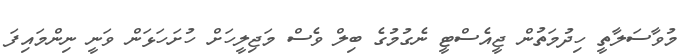
މުވާސަލާތީ ހިދުމަތުން ޖީއެސްޓީ ނެގުމުގެ ބިލް ވެސް މަޖިލީހަށް ހުށަހަޅަން ވަނީ ނިންމައިފަ